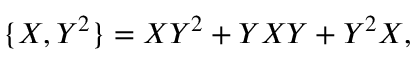
\{ X , Y ^ { 2 } \} = X Y ^ { 2 } + Y X Y + Y ^ { 2 } X ,